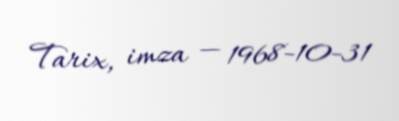
Tarix, imza — 1968-10-31